Document type: Sale
Year: 1461
Scribe: [Unknown]
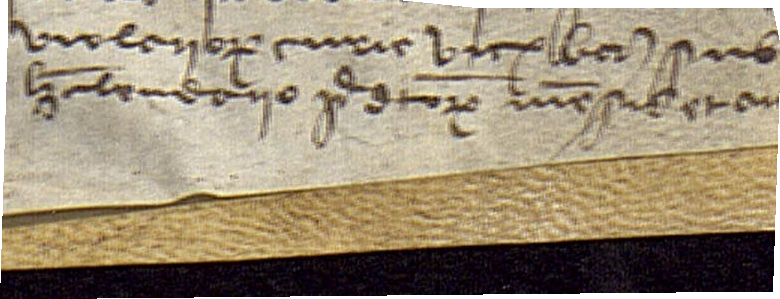
violariorum curie vicarii Barchinone, sub